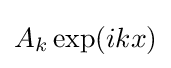
A_{k}\exp(ikx)